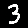
Digit: 3